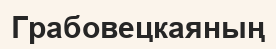
Грабовецкаяның